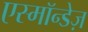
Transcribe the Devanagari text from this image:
एस्मॉन्डेज़